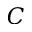
C